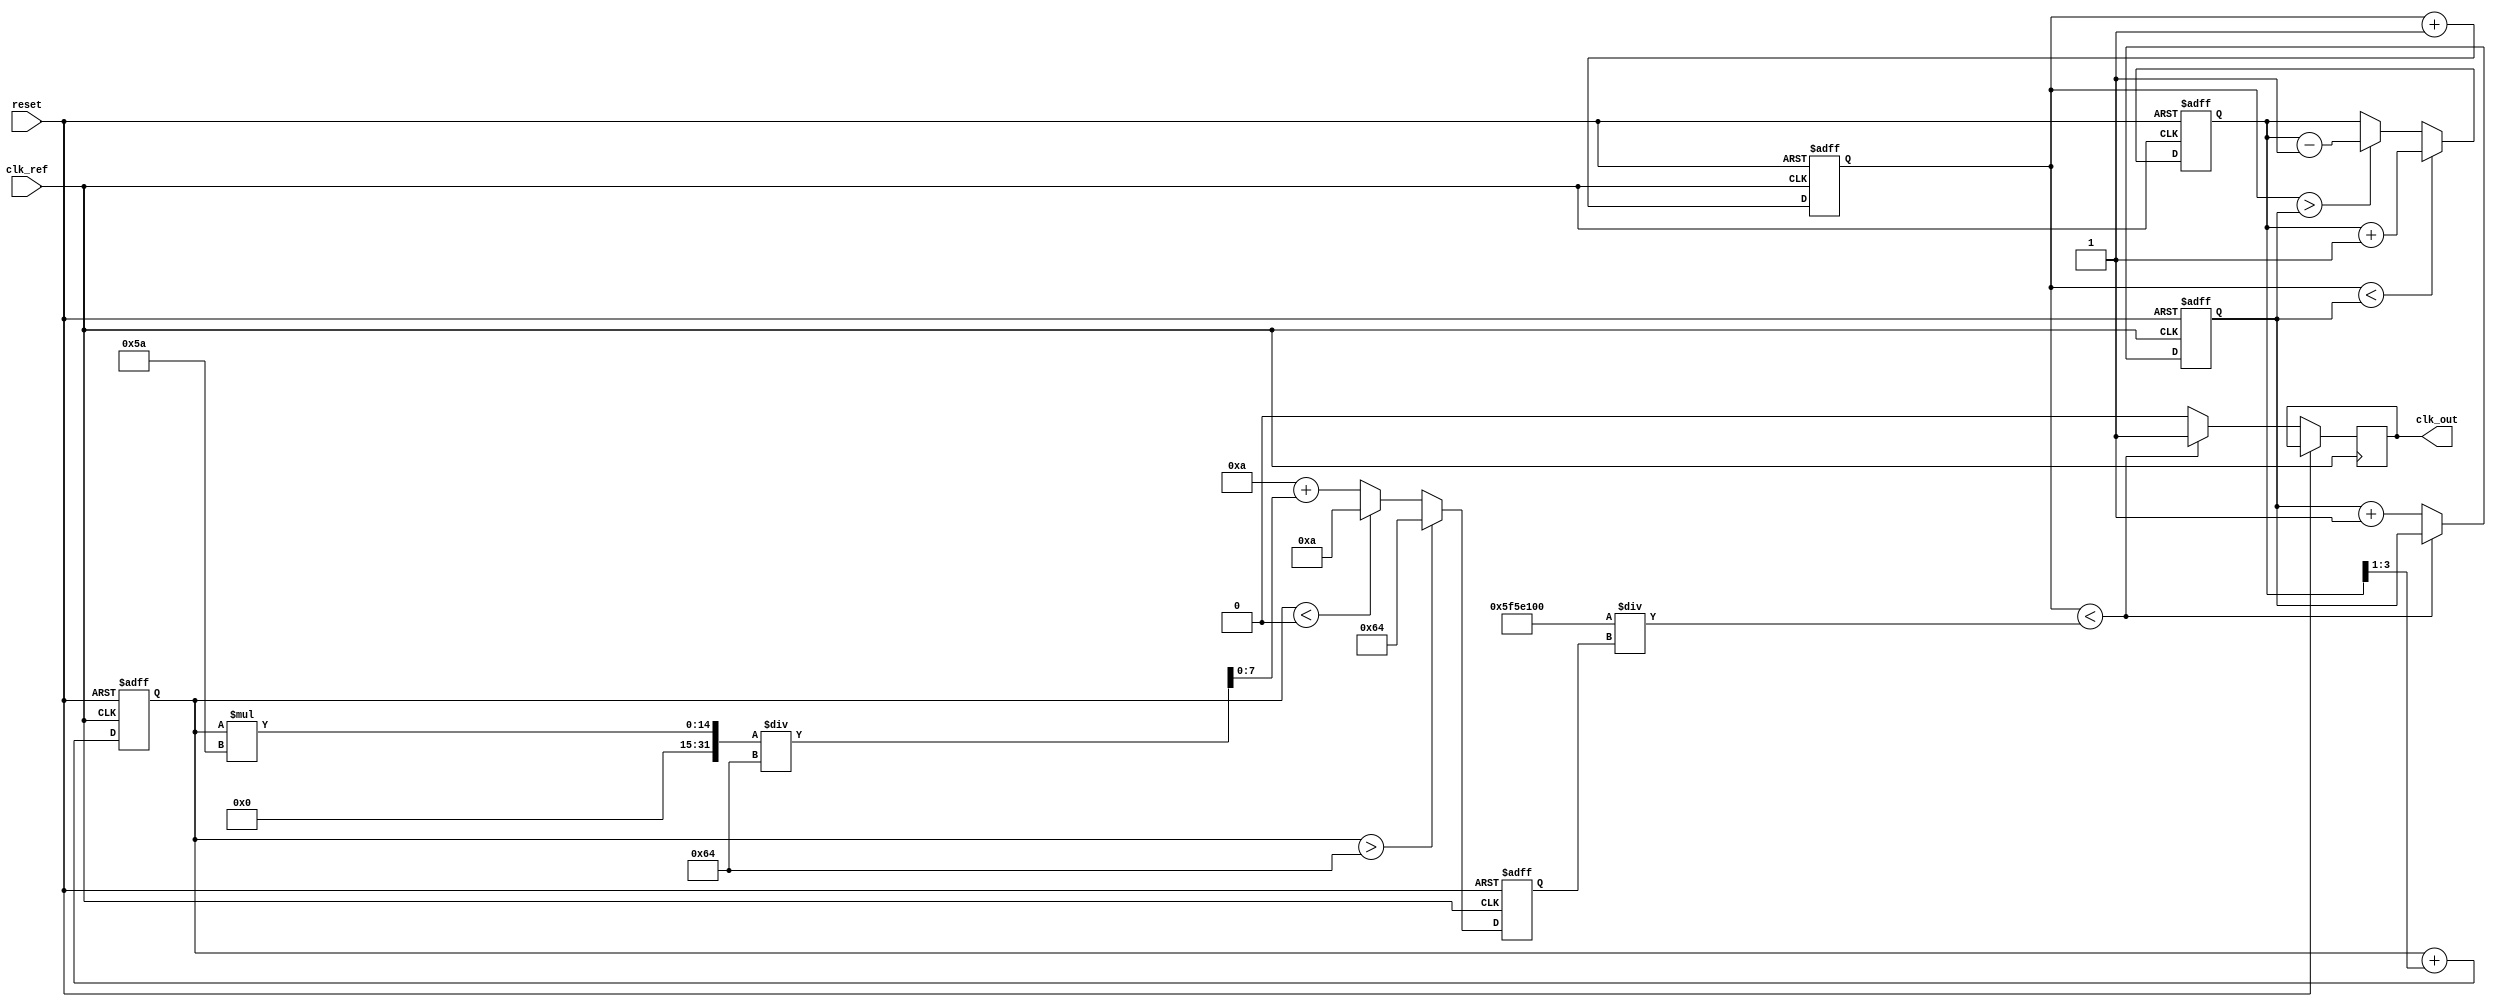
module PLL (
    input wire clk_ref,             // Reference clock input
    input wire reset,               // Reset signal
    output reg clk_out              // Output clock signal
);

    // Parameters for the PLL
    parameter integer N = 4;        // Feedback division factor
    parameter integer VCO_MAX_FREQ = 100; // Max frequency for VCO
    parameter integer VCO_MIN_FREQ = 10;  // Min frequency for VCO

    reg [3:0] phase_error;          // Phase error from Phase Detector
    reg [7:0] control_voltage;       // Control voltage to VCO
    reg [7:0] vco_frequency;         // Current frequency of VCO
    reg [31:0] counter;              // Counter for clock generation
    reg [31:0] feedback_counter;     // Feedback counter

    // Phase Detector (PD)
    always @(posedge clk_ref or posedge reset) begin
        if (reset) begin
            phase_error <= 0;
        end else begin
            // Simple phase detection logic
            if (counter < feedback_counter) begin
                phase_error <= phase_error + 1; // Lagging
            end else if (counter > feedback_counter) begin
                phase_error <= phase_error - 1; // Leading
            end
        end
    end

    // Low-Pass Filter (LPF)
    always @(posedge clk_ref or posedge reset) begin
        if (reset) begin
            control_voltage <= 50; // Initial control voltage
        end else begin
            // Simple LPF implementation
            control_voltage <= control_voltage + (phase_error >> 1); // Adjust control voltage based on phase error
        end
    end

    // Voltage-Controlled Oscillator (VCO)
    always @(posedge clk_ref or posedge reset) begin
        if (reset) begin
            vco_frequency <= VCO_MIN_FREQ; // Start at minimum frequency
        end else begin
            // Adjust VCO frequency based on control voltage
            if (control_voltage > 100) begin
                vco_frequency <= VCO_MAX_FREQ;
            end else if (control_voltage < 0) begin
                vco_frequency <= VCO_MIN_FREQ;
            end else begin
                vco_frequency <= VCO_MIN_FREQ + (control_voltage * (VCO_MAX_FREQ - VCO_MIN_FREQ) / 100);
            end
        end
    end

    // Feedback Loop
    always @(posedge clk_ref or posedge reset) begin
        if (reset) begin
            counter <= 0;
            feedback_counter <= 0;
        end else begin
            // Generate output clock
            if (counter < (100000000 / vco_frequency)) begin
                clk_out <= 1'b1;
            end else begin
                clk_out <= 1'b0;
                counter <= 0;
                feedback_counter <= feedback_counter + 1; // Update feedback counter
            end
            counter <= counter + 1;
        end
    end

endmodule